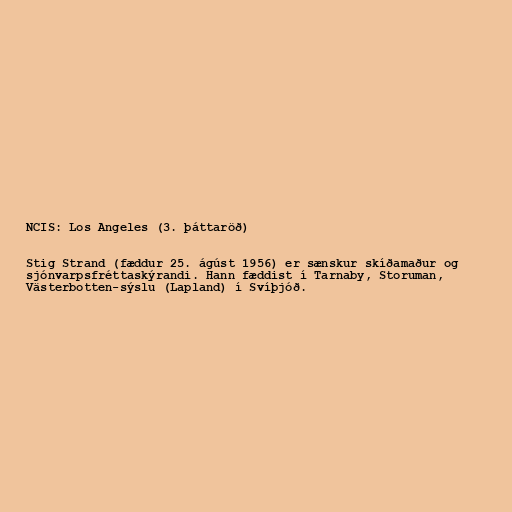
NCIS: Los Angeles (3. þáttaröð)

Stig Strand (fæddur 25. ágúst 1956) er sænskur skíðamaður og
sjónvarpsfréttaskýrandi. Hann fæddist í Tarnaby, Storuman,
Västerbotten-sýslu (Lapland) í Svíþjóð.